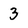
Character: 3